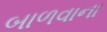
બાળવાના